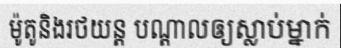
ម៉ូតូនិងរថយន្ត បណ្តាលឲ្យស្លាប់ម្នាក់